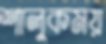
শালুকময়